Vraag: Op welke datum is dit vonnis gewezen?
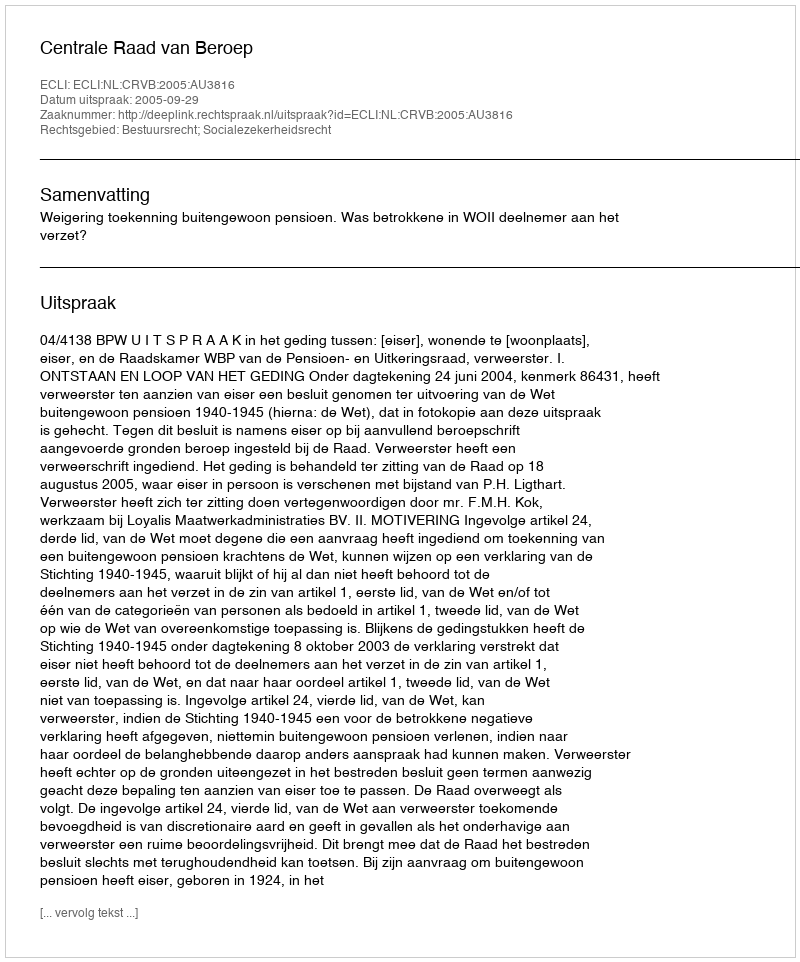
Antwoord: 2005-09-29